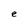
Character: e